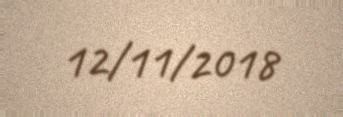
12/11/2018